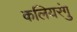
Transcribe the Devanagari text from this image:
कलियरंगु